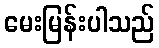
မေးမြန်းပါသည်